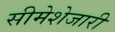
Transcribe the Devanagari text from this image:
सीमेशेजारी